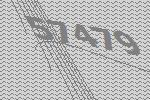
57479